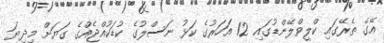
އޭގެ ތެރޭގައި ކްލީވްލޭންޑުގައި 12 އަަހަރުގެ ކަޅު ނަސްލުގެ ކުޑަކުއްޖެއްގެ ގަޔަށް މިދިޔަ